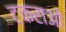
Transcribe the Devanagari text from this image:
टकराओ